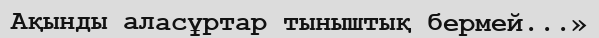
Ақынды аласұртар тыныштық бермей...»